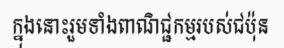
ក្នុងនោះរួមទាំងពាណិជ្ជកម្មរបស់ជប៉ុន